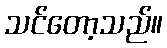
သင်တော့သည်။